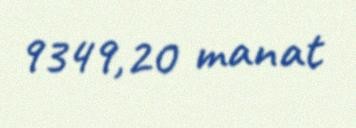
9349,20 manat